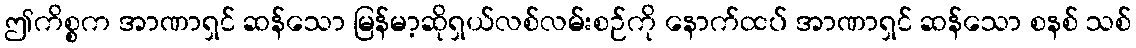
ဤကိစ္စက အာဏာရှင် ဆန်သော မြန်မာ့ဆိုရှယ်လစ်လမ်းစဉ်ကို နောက်ထပ် အာဏာရှင် ဆန်သော စနစ် သစ်